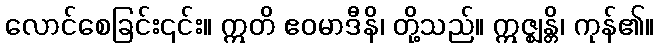
လောင်စေခြင်း၎င်း။ ဣတိ ဧဝမာဒီနိ၊ တို့သည်။ ဣဇ္ဈန္တိ၊ ကုန်၏။